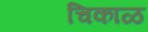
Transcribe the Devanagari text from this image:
चिकाळ